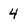
Character: 4